Indian journal of veterinary science and animal husbandry - Volumes 18-21, 1948-1951
Year: 1948
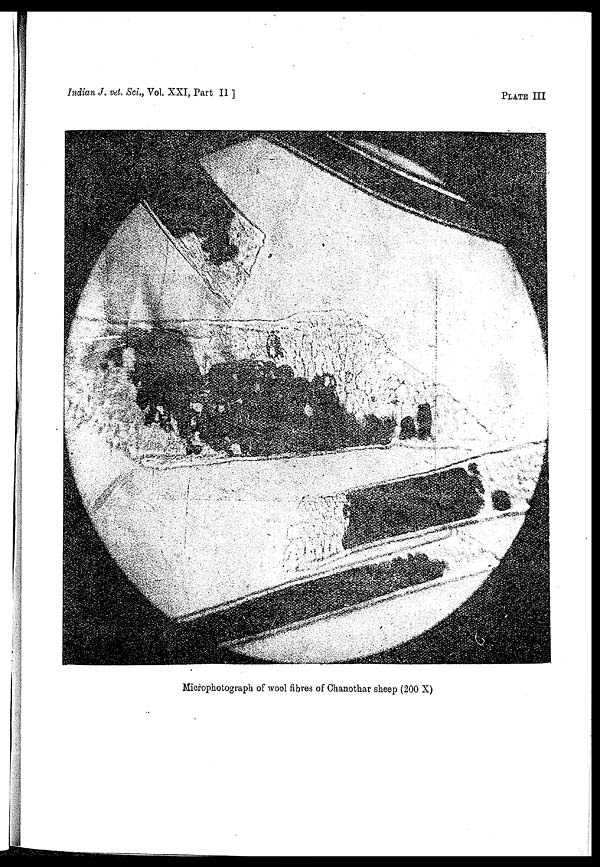
Indian J. vet. Sci., Vol. XXI, Part II ]
PLATE
III
Microphotograph of wool fibres of Chanothar sheep (200 X)